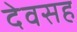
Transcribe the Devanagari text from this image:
देवसह